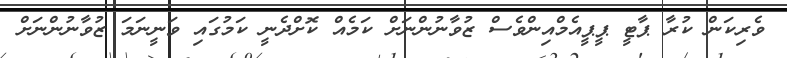
ވެރިކަން ކުރާ ޕާޓީ ޕީޕީއެމްއިންވެސް ޒުވާނުންނަށް ކަމެއް ކޮށްދެނީ ކަމުގައި ވަނީނަމަ ޒުވާނުންނަށް